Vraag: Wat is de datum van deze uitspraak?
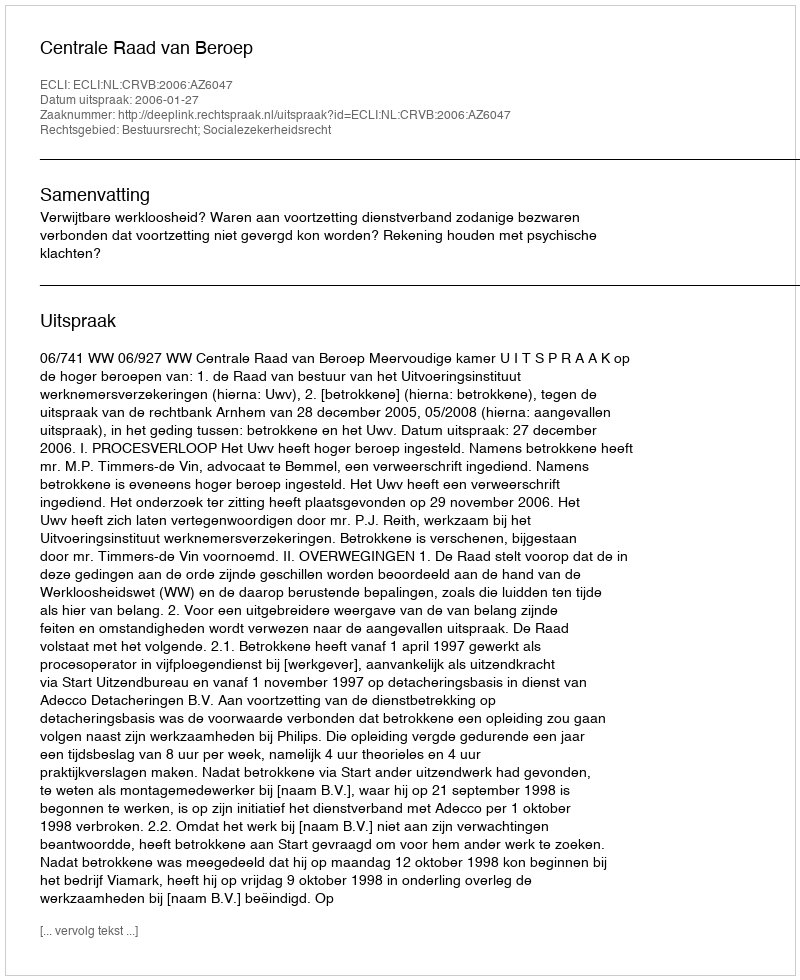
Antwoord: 2006-01-27